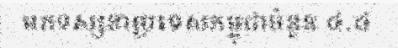
មកទស្សនាប្រទេសកម្ពុជាចំនួន ៤.៤